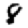
Digit: 8